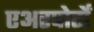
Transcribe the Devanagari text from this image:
एअरपोर्टों